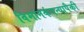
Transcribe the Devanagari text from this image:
विमानकंपन्यापैकी